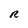
Character: R